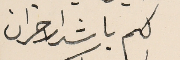
لكم باشد الاحزان